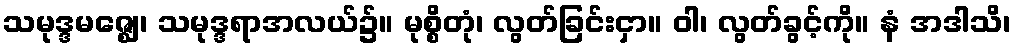
သမုဒ္ဒမဇ္ဈေ၊ သမုဒ္ဒရာအလယ်၌။ မုစ္စိတုံ၊ လွတ်ခြင်းငှာ။ ဝါ၊ လွတ်ခွင့်ကို။ နံ အဒါသိ၊